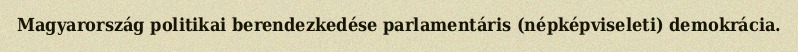
Magyarország politikai berendezkedése parlamentáris (népképviseleti) demokrácia.